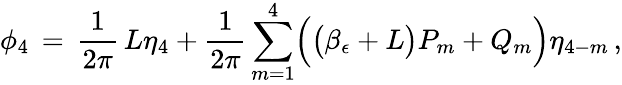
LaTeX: \phi_{4}\, =\, \frac{1}{2\pi}\, L\eta_{4}+\frac{1}{2\pi}\sum_{m=1}^{4}\Bigl(\bigl(\beta_{\epsilon}+L\bigr)P_{m}+Q_{m}\Bigr)\eta_{4-m}\, ,